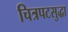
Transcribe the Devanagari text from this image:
चित्रपटसुद्धा